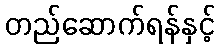
တည်ဆောက်ရန်နှင့်